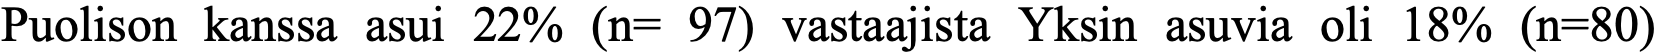
Puolison kanssa asui 22% (n= 97) vastaajista Yksin asuvia oli 18% (n=80)